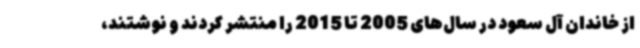
از خاندان آل سعود در سال‌های 2005 تا 2015 را منتشر کردند و نوشتند،